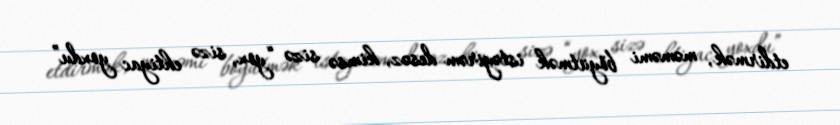
etdirmək, məməmi böyütmək istəyirəm desəz, kimsə sizə “yox, sizə ehtiyac yoxdu”